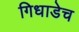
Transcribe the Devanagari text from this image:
गिधाडेच